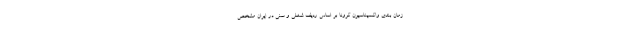
زمان بندی واکسیناسیون کرونا بر اساس ردیف شغلی و سنی در ایران مشخص